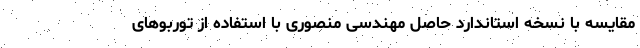
مقایسه با نسخه استاندارد حاصل مهندسی منصوری با استفاده از توربوهای